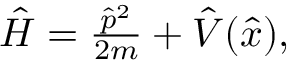
\begin{array} { r } { { \hat { H } } = \frac { { \hat { p } } ^ { 2 } } { 2 m } + { \hat { V } } ( { \hat { x } } ) , } \end{array}